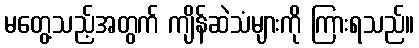
မတွေ့သည့်အတွက် ကျိန်ဆဲသံများကို ကြားရသည်။